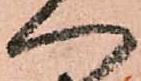
へ